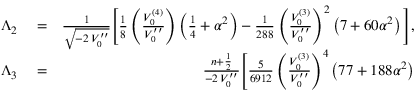
\begin{array} { r l r } { \Lambda _ { 2 } } & { { } = } & { \frac { 1 } { \sqrt { - 2 \, V _ { 0 } ^ { \prime \prime } } } \Bigg [ \frac { 1 } { 8 } \left( \frac { V _ { 0 } ^ { ( 4 ) } } { V _ { 0 } ^ { \prime \prime } } \right) \left( \frac { 1 } { 4 } + \alpha ^ { 2 } \right) - \frac { 1 } { 2 8 8 } \left( \frac { V _ { 0 } ^ { ( 3 ) } } { V _ { 0 } ^ { \prime \prime } } \right) ^ { 2 } \left( 7 + 6 0 \alpha ^ { 2 } \right) \Bigg ] , } \\ { \Lambda _ { 3 } } & { { } = } & { \frac { n + \frac { 1 } { 2 } } { - 2 \, V _ { 0 } ^ { \prime \prime } } \Bigg [ \frac { 5 } { 6 9 1 2 } \left( \frac { V _ { 0 } ^ { ( 3 ) } } { V _ { 0 } ^ { \prime \prime } } \right) ^ { 4 } \left( 7 7 + 1 8 8 \alpha ^ { 2 } \right) } \end{array}